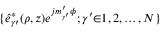
\{ \hat { e } _ { \gamma \prime } ^ { * } ( \rho , z ) e ^ { j m _ { \gamma ^ { \prime } } ^ { \prime } \phi } ; \gamma ^ { \prime } { \in } 1 , 2 , \ldots , N \}